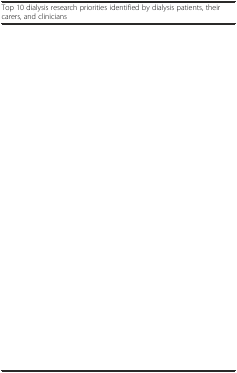
<table><thead><tr><td><b>Top 10 dialysis research priorities identified by dialysis patients, their carers, and clinicians</b></td></tr></thead><tbody><tr><td>[EMPTY_CELL]</td></tr><tr><td>[EMPTY_CELL]</td></tr><tr><td>[EMPTY_CELL]</td></tr><tr><td>[EMPTY_CELL]</td></tr><tr><td>[EMPTY_CELL]</td></tr><tr><td>[EMPTY_CELL]</td></tr><tr><td>[EMPTY_CELL]</td></tr><tr><td>[EMPTY_CELL]</td></tr><tr><td>[EMPTY_CELL]</td></tr><tr><td>[EMPTY_CELL]</td></tr></tbody></table>